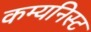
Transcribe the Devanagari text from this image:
कम्यनिस्ट